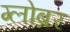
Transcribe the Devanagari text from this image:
ग्लोब्रर